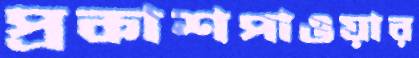
প্রকাশপাওয়ার